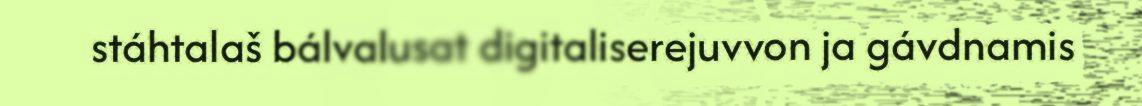
stáhtalaš bálvalusat digitaliserejuvvon ja gávdnamis